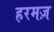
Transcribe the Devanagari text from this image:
हरमज़